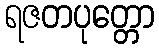
ရဇတပုတ္တော